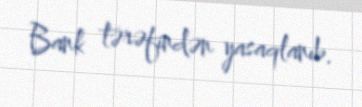
Bank tərəfindən yasaqlanıb.